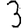
Digit: 3